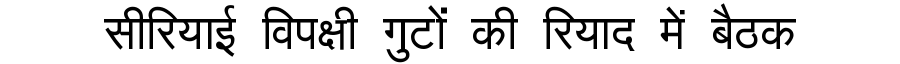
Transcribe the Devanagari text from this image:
सीरियाई विपक्षी गुटों की रियाद में बैठक